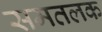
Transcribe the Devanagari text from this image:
समतलक